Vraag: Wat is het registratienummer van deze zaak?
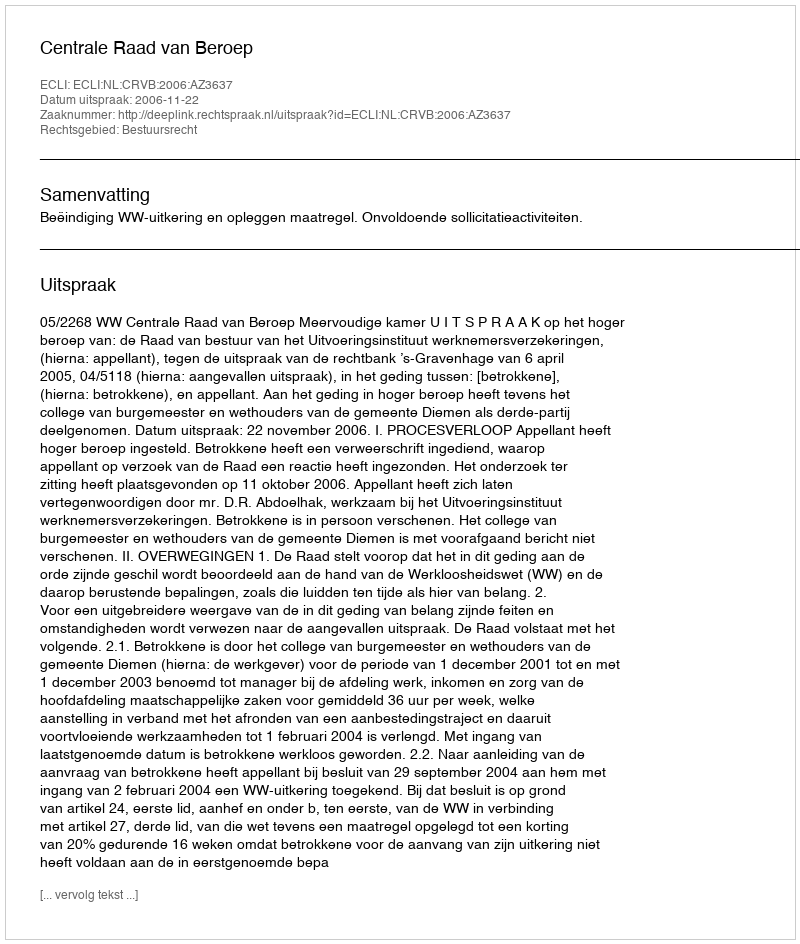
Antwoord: http://deeplink.rechtspraak.nl/uitspraak?id=ECLI:NL:CRVB:2006:AZ3637